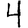
Digit: 4